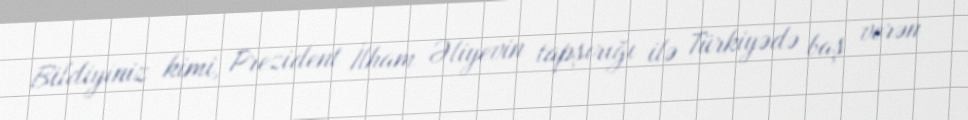
Bildiyiniz kimi, Prezident İlham Əliyevin tapşırığı ilə Türkiyədə baş verən